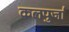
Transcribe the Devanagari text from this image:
कलपुर्जा